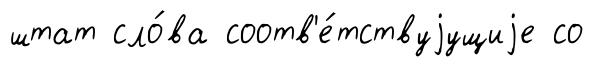
штат сло́ва соотв'е́тствуjущиjе со